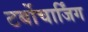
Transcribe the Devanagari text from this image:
टर्बोचार्जिंग